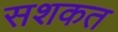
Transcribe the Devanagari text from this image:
सशकत